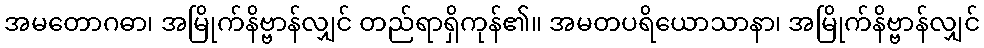
အမတောဂဓာ၊ အမြိုက်နိဗ္ဗာန်လျှင် တည်ရာရှိကုန်၏။ အမတပရိယောသာနာ၊ အမြိုက်နိဗ္ဗာန်လျှင်